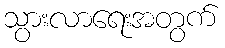
သွားလာရေးအတွက်